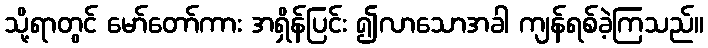
သို့ရာတွင် မော်တော်ကား အရှိန်ပြင်း ၍လာသောအခါ ကျန်ရစ်ခဲ့ကြသည်။